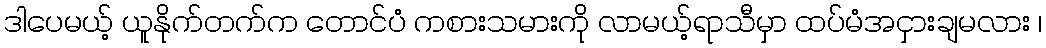
ဒါပေမယ့် ယူနိုက်တက်က တောင်ပံ ကစားသမားကို လာမယ့်ရာသီမှာ ထပ်မံအငှားချမလား ၊